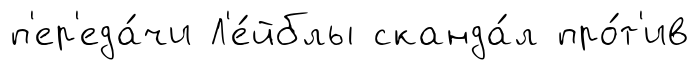
п'ер'еда́чи Л'е́йблы сканда́л про́т'ив